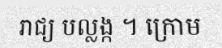
រាជ្យ បល្លង្ក ។ ក្រោម